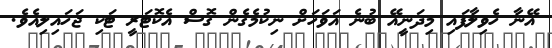
އޭނާ ހެވިލާފައި މިދަނީއޭ ބުނެ އަވަހަށް ނިކުމެގެން ގޮސް އެކޮޓަރީ ޓަކި ޖަހައިލިއެވެ.